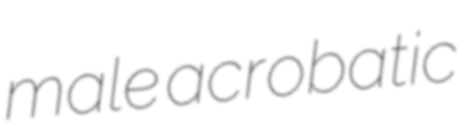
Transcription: male acrobatic